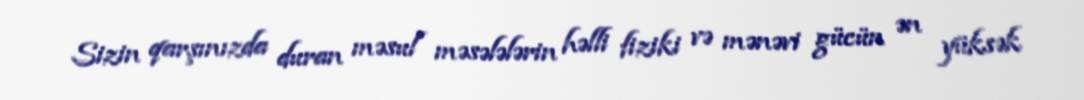
Sizin qarşınızda duran məsul məsələlərin həlli fiziki və mənəvi gücün ən yüksək